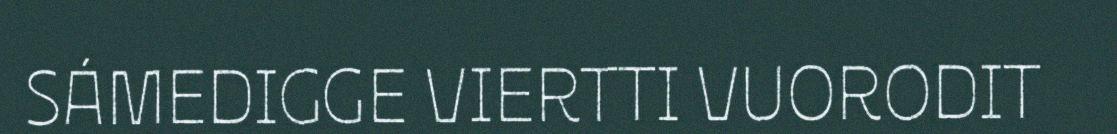
SÁMEDIGGE VIERTTI VUORODIT